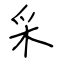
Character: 采